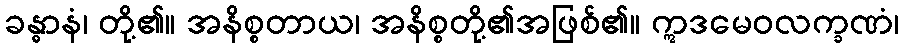
ခန္ဓာနံ၊ တို့၏။ အနိစ္စတာယ၊ အနိစ္စတို့၏အဖြစ်၏။ ဣဒမေဝလက္ခဏံ၊